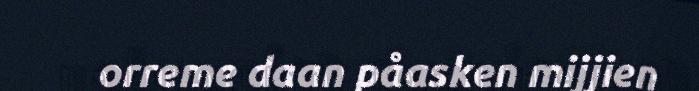
orreme daan påasken mijjien